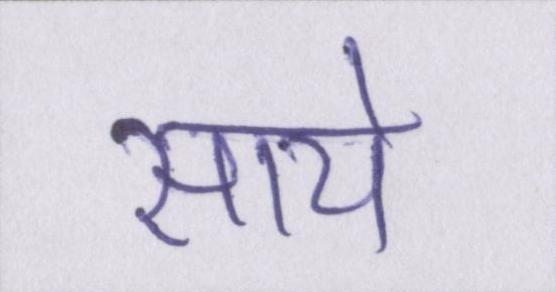
साये